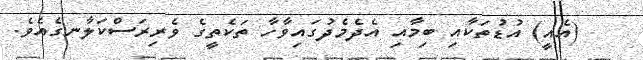
(އެއީ) އުޑުތަކާއި ބިމާއި އެދެމެދުގައިވާހާ ތަކެތީގެ ވެރިރަސްކަލާނގެއެވެ.